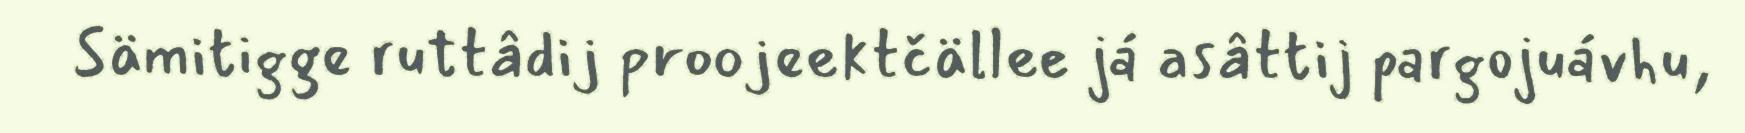
Sämitigge ruttâdij proojeektčällee já asâttij pargojuávhu,